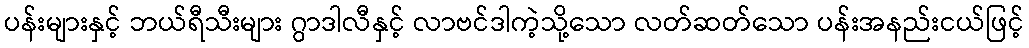
ပန်းများနှင့် ဘယ်ရီသီးများ ဂွာဒါလီနှင့် လာဗင်ဒါကဲ့သို့သော လတ်ဆတ်သော ပန်းအနည်းငယ်ဖြင့်